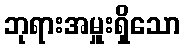
ဘုရားအမှူးရှိသော